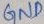
Text: GND